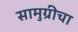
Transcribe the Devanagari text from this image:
सामुग्रीचा